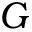
G